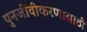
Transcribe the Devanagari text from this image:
पुनर्जीवीकरणासाठी